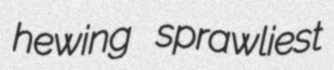
hewing sprawliest